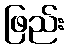
ဖြည်း